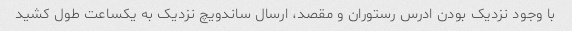
با وجود نزدیک بودن ادرس رستوران و مقصد، ارسال ساندویچ نزدیک به یکساعت طول کشید